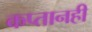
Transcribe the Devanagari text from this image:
कप्तानही